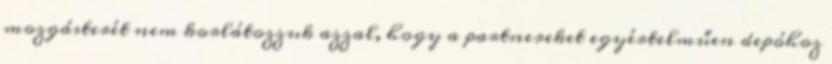
mozgásterét nem korlátozzuk azzal, hogy a partnereket egyértelműen depóhoz